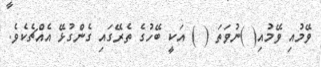
ވޭމުއި ވޭމުއި( )ނުވަތަ ( ) އަކީ ބޭހުގެ ތެރޭގައި ގެންގުޅޭ އެއްޗެކެވެ.